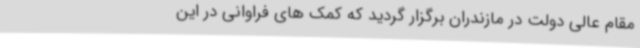
مقام عالی دولت در مازندران برگزار گردید که کمک های فراوانی در این